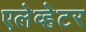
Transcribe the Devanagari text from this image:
एलेव्हेटर